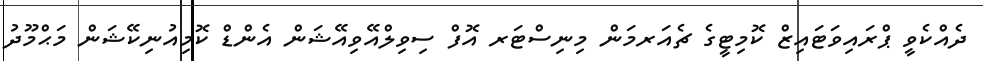
ދެއްކެވީ ޕްރައިވަޓައިޒް ކޮމިޓީގެ ޗެއަރމަން މިނިސްޓަރ އޮފް ސިވިލްއޭވިއޭޝަން އެންޑް ކޮމިއުނިކޭޝަން މަޙްމޫދު